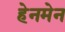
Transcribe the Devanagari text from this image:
हेनमेन